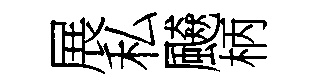
展私飇柄